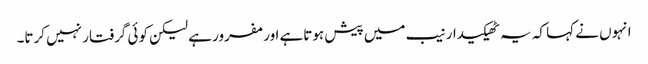
انہوں نے کہا کہ یہ ٹھیکیدار نیب میں پیش ہوتاہے اور مفرور ہے لیکن کوئی گرفتار نہیں کرتا۔